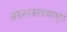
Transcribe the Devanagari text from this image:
समस्तजगदाधारमूर्तये